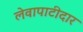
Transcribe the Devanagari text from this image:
लेवापाटीदार